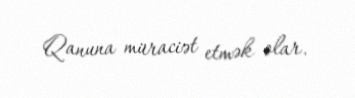
Qanuna müraciət etmək olar.